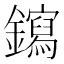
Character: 䥱